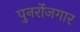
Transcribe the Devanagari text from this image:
पुनर्रोजगार